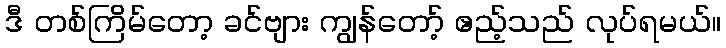
ဒီ တစ်ကြိမ်တော့ ခင်ဗျား ကျွန်တော့် ဧည့်သည် လုပ်ရမယ်။